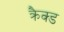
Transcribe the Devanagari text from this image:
क्रैक्ड